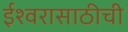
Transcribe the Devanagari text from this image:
ईश्वरासाठीची